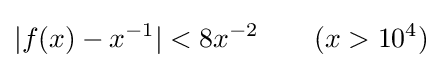
|f(x)-x^{-1}|<8x^{-2}\qquad (x>10^{4})